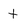
Character: t